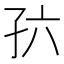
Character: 𪦸